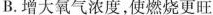
B.增大氧气浓度，使燃烧更旺